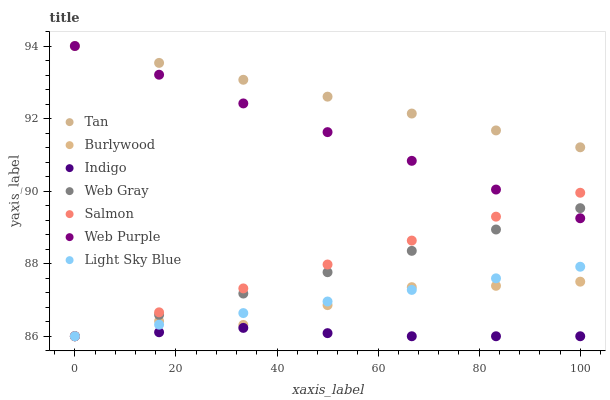
| xaxis_label | Tan | Burlywood | Indigo | Web Gray | Salmon | Web Purple | Light Sky Blue |
 | --- | --- | --- | --- | --- | --- | --- | --- |
 | 0 | 94 | 86 | 86 | 86 | 86 | 94 | 86 |
 | 16.7 | 93.5 | 86.4 | 86.1 | 86.6 | 86.7 | 93.2 | 86.3 |
 | 33.3 | 93.1 | 86.3 | 86.2 | 87.2 | 87.3 | 92.4 | 86.6 |
 | 50 | 92.6 | 86.9 | 86.1 | 87.8 | 88 | 91.6 | 87 |
 | 66.7 | 92.1 | 87.4 | 86 | 88.4 | 88.6 | 90.8 | 87.3 |
 | 83.3 | 91.7 | 87.4 | 86 | 88.9 | 89.3 | 90 | 87.6 |
 | 100 | 91.2 | 87.5 | 86 | 89.5 | 90 | 89.3 | 87.9 |